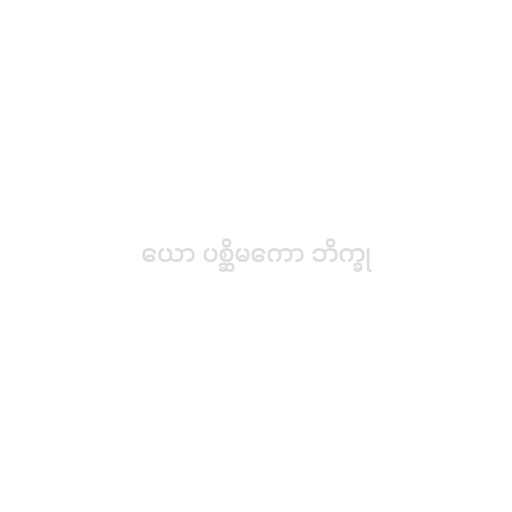
ယော ပစ္ဆိမကော ဘိက္ခု